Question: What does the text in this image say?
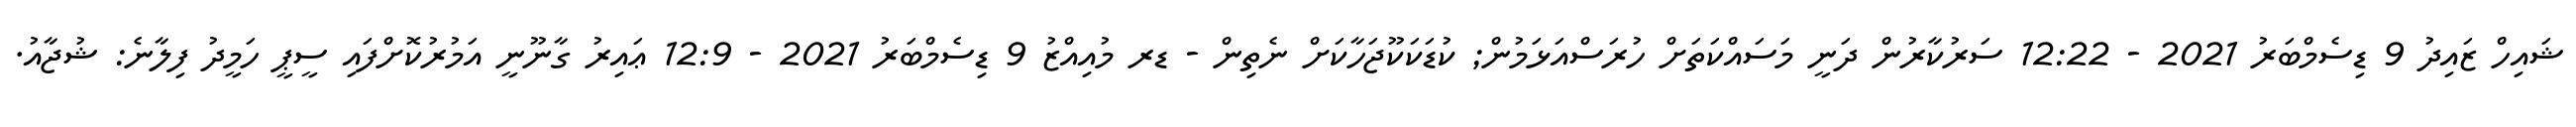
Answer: ޝައިހް ޒައިދު 9 ޑިސެމްބަރު 2021 - 12:22 ސަރުކާރުން ދަނީ މަސައްކަތަށް ހުރަސްއަޅަމުން; ކުޑަކަކޫޖަހާކަށް ނެތިން - ޑރ މުއިއްޒު 9 ޑިސެމްބަރު 2021 - 12:9 ޢައިރު ގާނޫނީ އަމުރުކޮށްފައި ސީޕީ ހަމީދު ފިލާނެ: ޝުޖާއު.